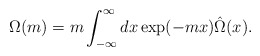
\begin{align*}\Omega(m)=m\int^{\infty}_{-\infty}dx\exp(-m x)\hat\Omega(x).\end{align*}